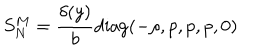
LaTeX: S _ { N } ^ { M } = \frac { \delta ( y ) } { b } \mathrm { d i a g } ( - \rho , p , p , p , 0 )